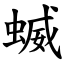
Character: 蝛